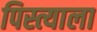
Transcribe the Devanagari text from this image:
पिस्त्याला